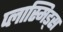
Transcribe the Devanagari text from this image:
प्लास्मिड्स